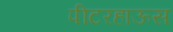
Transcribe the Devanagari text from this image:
पीटरहाऊस